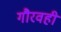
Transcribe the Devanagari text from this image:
गौरवही